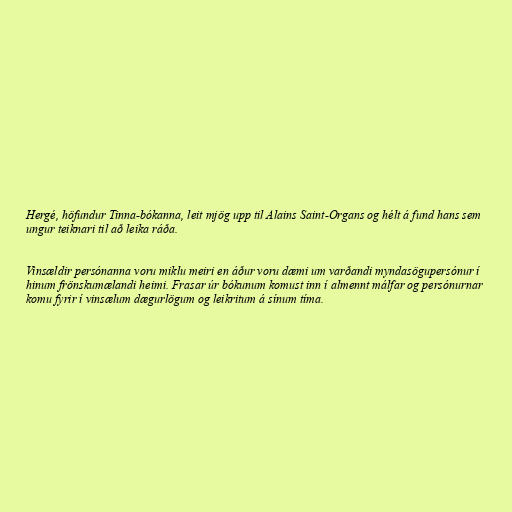
Hergé, höfundur Tinna-bókanna, leit mjög upp til Alains Saint-Organs og hélt á fund hans sem
ungur teiknari til að leika ráða.

Vinsældir persónanna voru miklu meiri en áður voru dæmi um varðandi myndasögupersónur í
hinum frönskumælandi heimi. Frasar úr bókunum komust inn í almennt málfar og persónurnar
komu fyrir í vinsælum dægurlögum og leikritum á sínum tíma.